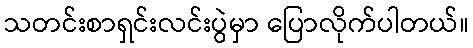
သတင်းစာရှင်းလင်းပွဲမှာ ပြောလိုက်ပါတယ်။